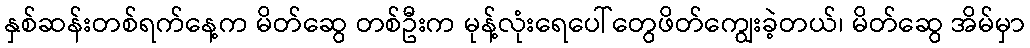
နှစ်ဆန်းတစ်ရက်နေ့က မိတ်ဆွေ တစ်ဦးက မုန့်လုံးရေပေါ်တွေဖိတ်ကျွေးခဲ့တယ်၊ မိတ်ဆွေ အိမ်မှာ